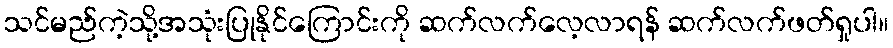
သင်မည်ကဲ့သို့အသုံးပြုနိုင်ကြောင်းကို ဆက်လက်လေ့လာရန် ဆက်လက်ဖတ်ရှုပါ။